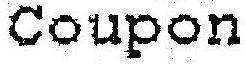
COUPON